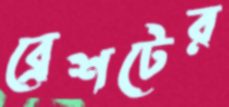
ব্রেশটের